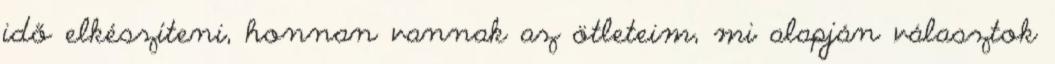
idő elkészíteni, honnan vannak az ötleteim, mi alapján választok